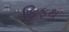
ફિફથ